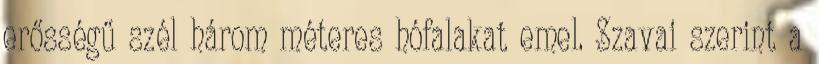
erősségű szél három méteres hófalakat emel. Szavai szerint a